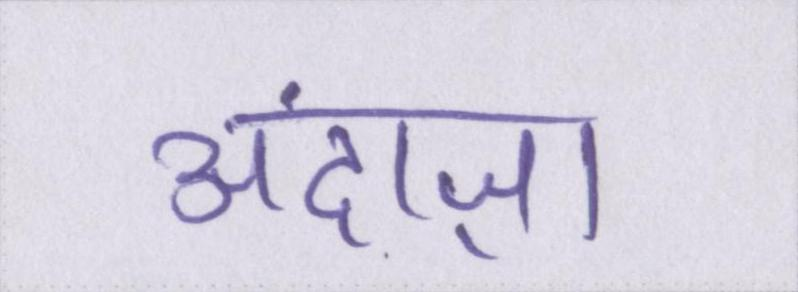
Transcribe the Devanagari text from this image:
अंदाज़ा